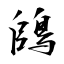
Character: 鴭